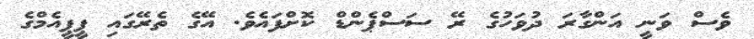
ވެސް ވަނީ އަންގާރަ ދުވަހުގެ ރޭ ސަސްޕެންޑް ކޮށްފައެވެ. އޭގެ ތެރޭގައި ޕީޕީއެމްގެ